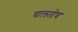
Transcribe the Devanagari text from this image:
चालतोच